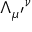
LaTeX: \Lambda _ { \mu ^ { \prime } } { } ^ { \nu }